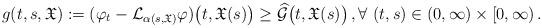
LaTeX: \begin{align*}g(t,s,\mathfrak{X}) := (\varphi_t-\mathcal{L}_{\alpha(s,\mathfrak{X})}\varphi)\big(t,\mathfrak{X}(s)\big)\ge \widehat{\mathcal{G}}\big(t,\mathfrak{X}(s)\big)\,,\forall\ (t,s) \in (0, \infty)\times [0, \infty)\,.\end{align*}